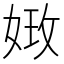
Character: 𡝺